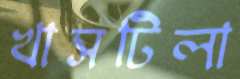
খাসটিলা